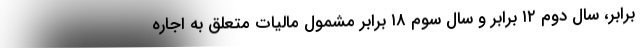
برابر، سال دوم ۱۲ برابر و سال سوم ۱۸ برابر مشمول مالیات متعلق به اجاره